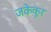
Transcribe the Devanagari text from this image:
जकेकूर